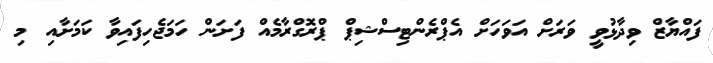
ފައްޔާޒް ވިދާޅުވީ ވަރަށް އަވަހަށް އެޕްރެންޓިސްޝިޕް ޕްރޮގްރާމެއް ފަށަން ހަމަޖެހިފައިވާ ކަމަށާއި މި